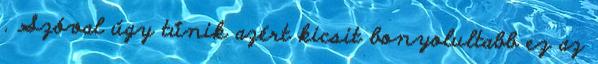
. Szóval úgy tűnik azért kicsit bonyolultabb ez az